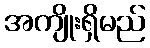
အကျိုးရှိမည်